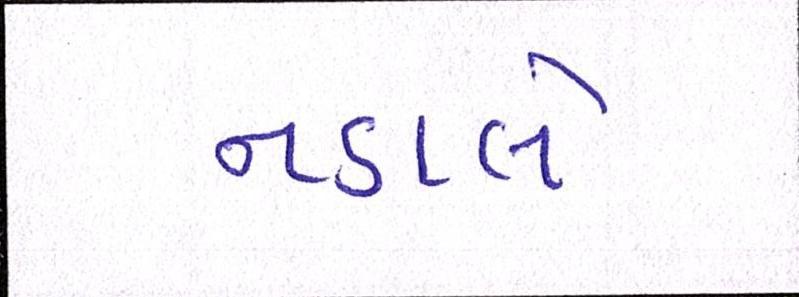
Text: નડાલે